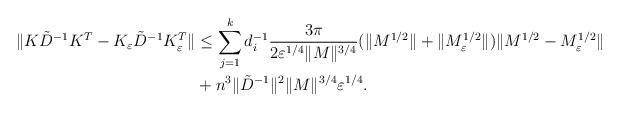
LaTeX: \begin{align*}\|K\tilde{D}^{-1}K^T-K_{\varepsilon}\tilde{D}^{-1}K_{\varepsilon}^T\|&\leq \sum_{j=1}^k d_i^{-1} \frac{3\pi}{2\varepsilon^{1/4}\|M\|^{3/4}}(\|M^{1/2}\|+\|M_{\varepsilon}^{1/2}\|)\|M^{1/2}-M_{\varepsilon}^{1/2}\| \\ &+n^3\|\tilde{D}^{-1}\|^{2}\|M\|^{3/4}\varepsilon^{1/4}. \end{align*}